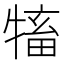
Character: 𤛅